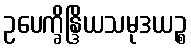
ဥပေက္ခိန္ဒြိယသမုဒယဉ္စ